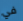
في